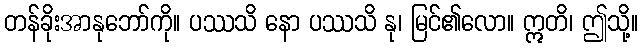
တန်ခိုးအာနုဘော်ကို။ ပဿသိ နော ပဿသိ နု၊ မြင်၏လော။ ဣတိ၊ ဤသို့။